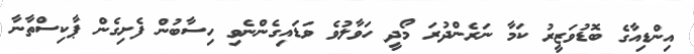
އިންޑިއާގެ ބޮޑުވަޒީރު ކަމާ ނަރެންދުރަ މޯދީ ހަވާލުވެ ވަޑައިގެންނެވި ހިސާބުން ފެށިގެން ޕާކިސްތާނާ